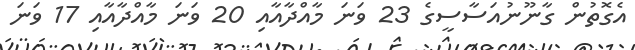
އެގޮތުން ގާނޫނުއަސާސީގެ 23 ވަނަ މާއްދާއާއި 20 ވަނަ މާއްދާއާއި 17 ވަނަ